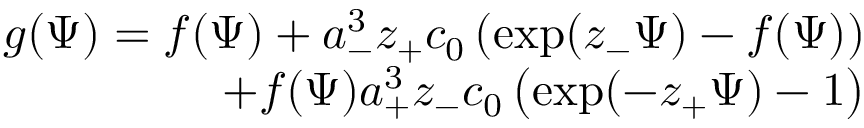
\begin{array} { r } { g ( \Psi ) = f ( \Psi ) + a _ { - } ^ { 3 } z _ { + } c _ { 0 } \left( \exp ( z _ { - } \Psi ) - f ( \Psi ) \right) } \\ { + f ( \Psi ) a _ { + } ^ { 3 } z _ { - } c _ { 0 } \left( \exp ( - z _ { + } \Psi ) - 1 \right) } \end{array}